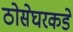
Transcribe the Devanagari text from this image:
ठोसेघरकडे